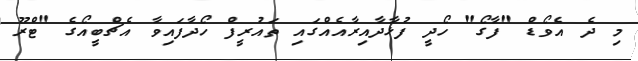
މި ދެ އެވޯޑް "ފާގޯ" ހޯދީ ފުޅާދާއިރާއެއްގައި ތައުރީފް ހޯދާފައިވާ އެޗްބީއޯގެ "ޓްރޫ